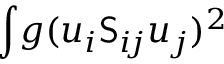
\int \! g ( u _ { i } \mathsf { S } _ { i \! j } u _ { j } ) ^ { 2 }